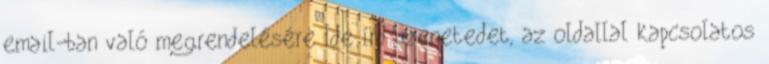
email-ban való megrendelésére Ide írd üzenetedet, az oldallal kapcsolatos